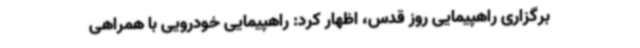
برگزاری راهپیمایی روز قدس، اظهار کرد: راهپیمایی خودرویی با همراهی